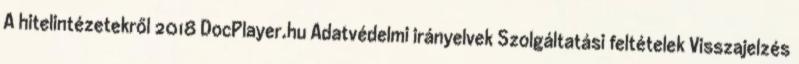
A hitelintézetekről 2018 DocPlayer.hu Adatvédelmi irányelvek Szolgáltatási feltételek Visszajelzés